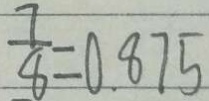
\frac { 7 } { 8 } = 0 . 8 7 5